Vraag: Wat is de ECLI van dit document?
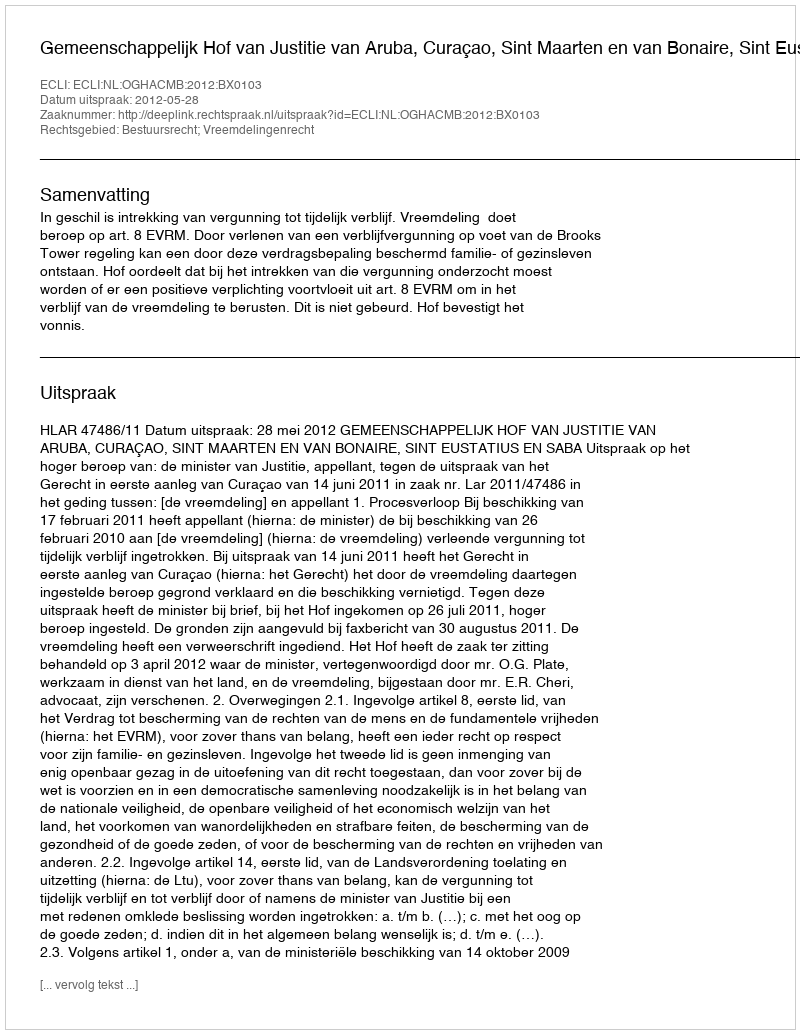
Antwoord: ECLI:NL:OGHACMB:2012:BX0103